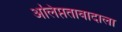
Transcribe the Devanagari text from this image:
अलिप्ततावादाला